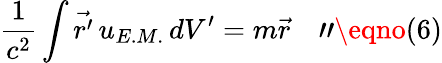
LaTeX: \frac{1}{c^{2}}\int{{\vec{r^{\prime}}}}\, {u_{E.M.}}\, d{V^{\prime}}=m{\vec{r}}\quad"\eqno(6)